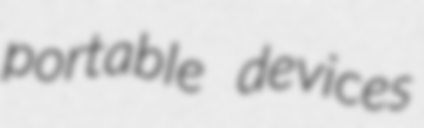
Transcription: portable devices